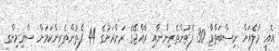
އެއީ މާލެއަށް ނިސްބަތްވާ 30 ފެތުންތެރިންނާއި ރާއްޖޭގެ ރަށްރަށުގެ 44 ފެތުންތެރިންކަމަށް ސްވިމިންގ